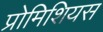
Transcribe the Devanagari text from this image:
प्रोमिशियस